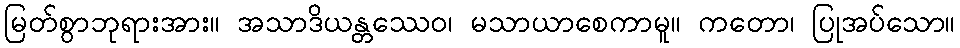
မြတ်စွာဘုရားအား။ အသာဒိယန္တဿေဝ၊ မသာယာစေကာမူ။ ကတော၊ ပြုအပ်သော။